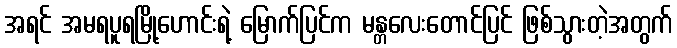
အရင် အမရပူရမြို့ဟောင်းရဲ့ မြောက်ပြင်က မန္တလေးတောင်ပြင် ဖြစ်သွားတဲ့အတွက်